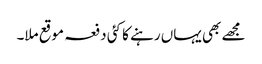
مجھے بھی یہاں رہنے کا کئی دفعہ موقع ملا۔